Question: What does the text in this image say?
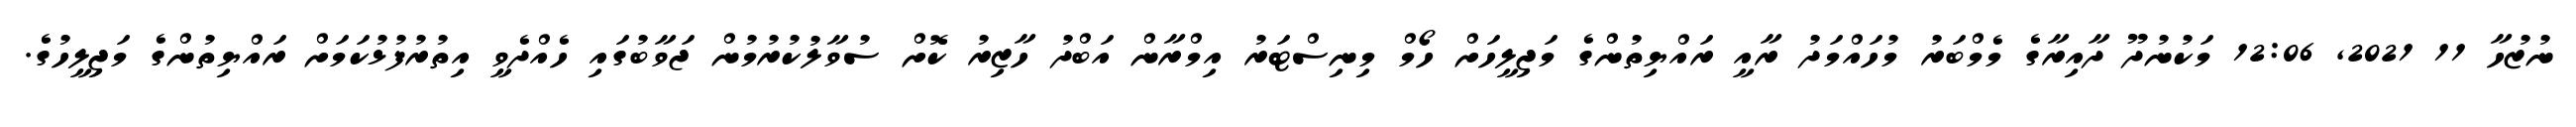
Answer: ނުޒުހާ 11 2021, 12:06 މަކުނުދޫ ދާއިރާގެ މެމްބަރު މުހައްމަދު ރާއީ ރައްޔިތުންގެ މަޖިލީހަށް ހޯމް މިނިސްޓަރު އިމްރާން އަބްދު ހާޒިރު ކޮށް ސުވާލުކުރުމުން ޖަވާބުގައި ހެއްދެވީ އިތުރުފުޅުކަމަށް ރައްޔިތުންގެ މަޖިލީހުގެ.